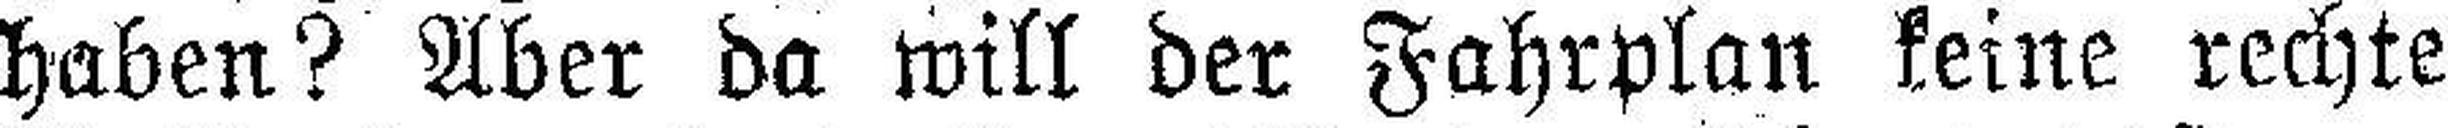
haben? Aber da will der Fahrplan keine rechte